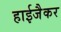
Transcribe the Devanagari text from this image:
हाईजैकर